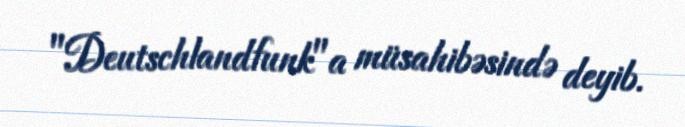
"Deutschlandfunk"a müsahibəsində deyib.